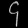
Digit: ၄